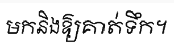
មកនិងឱ្យគាត់ទឹក។